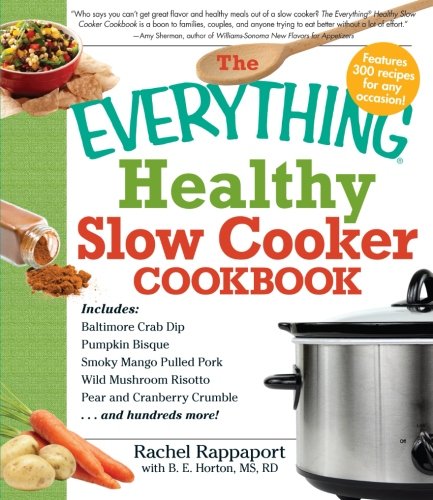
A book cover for The Everything Healthy Slow Cooker Cookbook; Rachel Rappaport; Cookbooks, Food & Wine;